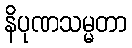
နိပုဏသမ္မတာ